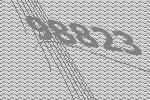
98823